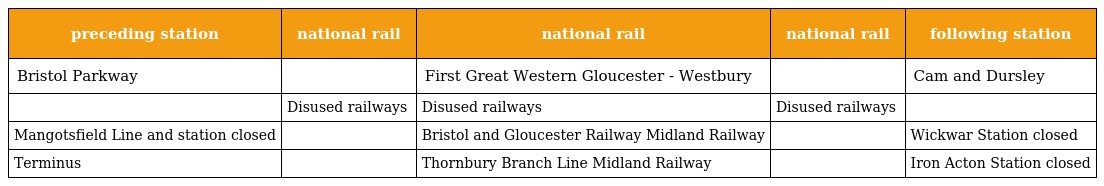
| preceding station | national rail | national rail | national rail | following station |
 | --- | --- | --- | --- | --- |
 | Bristol Parkway |  | First Great Western Gloucester - Westbury |  | Cam and Dursley |
 |  | Disused railways | Disused railways | Disused railways |  |
 | Mangotsfield Line and station closed |  | Bristol and Gloucester Railway Midland Railway |  | Wickwar Station closed |
 | Terminus |  | Thornbury Branch Line Midland Railway |  | Iron Acton Station closed |